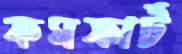
কমফার্ট